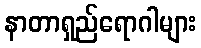
နာတာရှည်ရောဂါများ